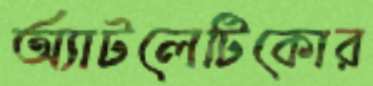
অ্যাটলেটিকোর